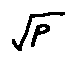
\sqrt { p }